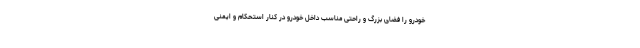
خودرو را فضای بزرگ و راحتی مناسب داخل خودرو در کنار استحکام و ایمنی